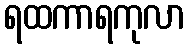
ရထကာရကုလာ